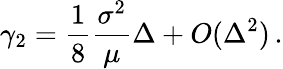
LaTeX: \gamma_{2}=\frac{1}{8}\frac{\sigma^{2}}{\mu}\Delta+O(\Delta^{2})\, .